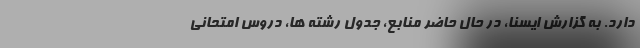
دارد. به گزارش ایسنا، در حال حاضر منابع، جدول رشته ها، دروس امتحانی